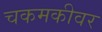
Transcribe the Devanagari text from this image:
चकमकीवर